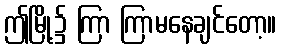
ဤမြို့၌ ကြာ ကြာမနေချင်တော့။